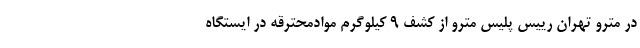
در مترو تهران رییس پلیس مترو از کشف ۹ کیلوگرم موادمحترقه در ایستگاه